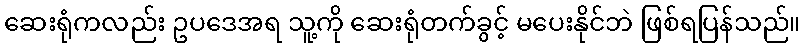
ဆေးရုံကလည်း ဥပဒေအရ သူ့ကို ဆေးရုံတက်ခွင့် မပေးနိုင်ဘဲ ဖြစ်ရပြန်သည်။